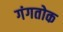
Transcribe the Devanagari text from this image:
गंगतोक